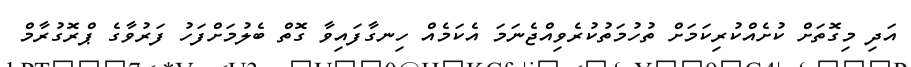
އަދި މިގޮތަށް ކުށެއްކުރިކަމަށް ތުހުމަތުކުރެވިއްޖެނަމަ އެކަމެއް ހިނގާފައިވާ ގޮތް ބެލުމަށްފަހު ފަރުވާގެ ޕްރޮގުރާމް